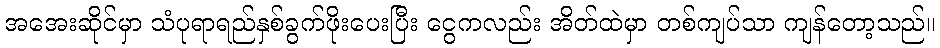
အအေးဆိုင်မှာ သံပုရာရည်နှစ်ခွက်ဖိုးပေးပြီး ငွေကလည်း အိတ်ထဲမှာ တစ်ကျပ်သာ ကျန်တော့သည်။